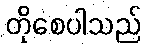
တိုစေပါသည်